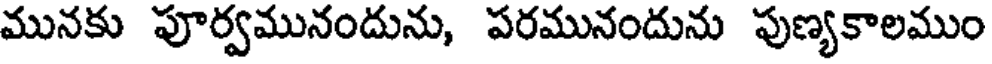
మునకు పూర్వమునందును, పరమునందును పుణ్యకాలముం